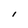
Character: 1